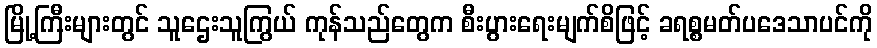
မြို့ကြီးများတွင် သူဌေးသူကြွယ် ကုန်သည်တွေက စီးပွားရေးမျက်စိဖြင့် ခရစ္စမတ်ပဒေသာပင်ကို